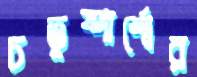
চতুষ্পার্শ্বের